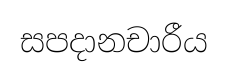
සපදානචාරීය